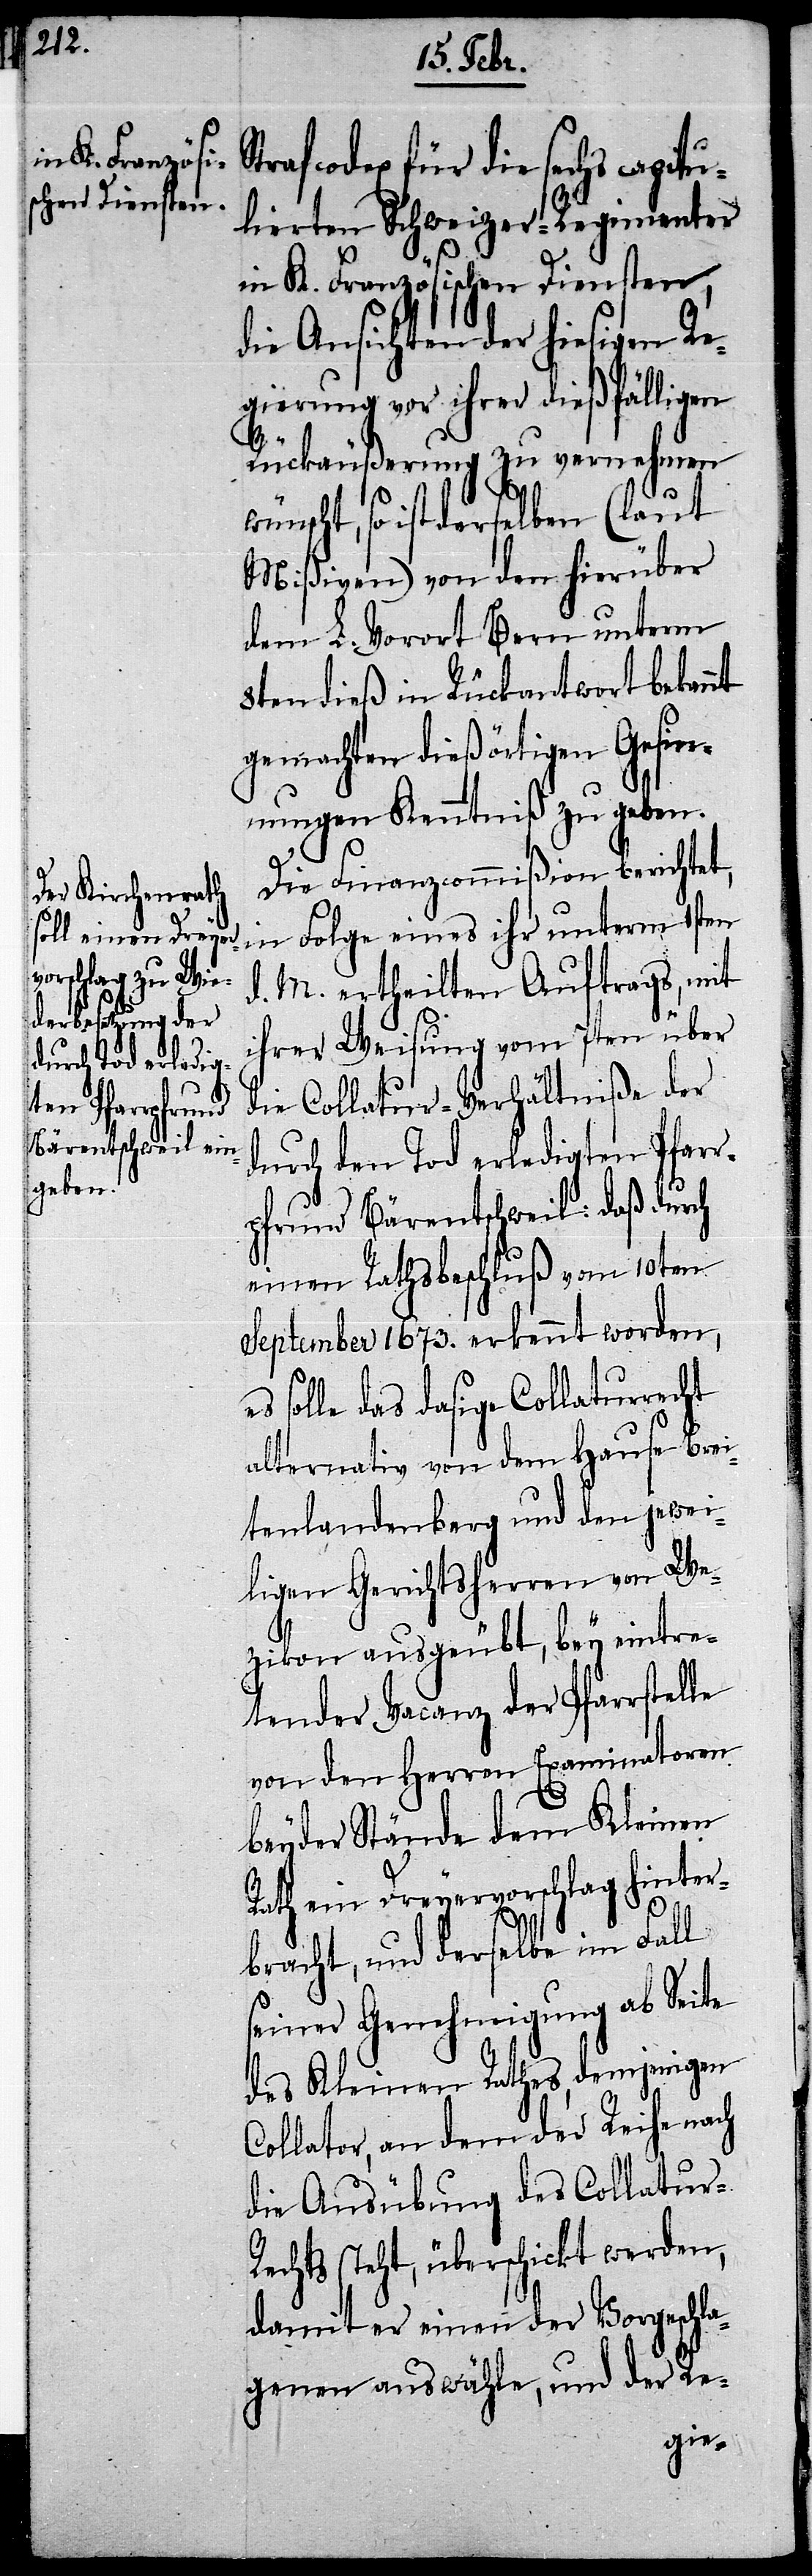
Strafcodex für die sechs capitu¬
lierten Schweizer-Regimenter
in K. Französischen Diensten,
die Ansichten der hiesigen Re¬
gierung vor ihrer dießfälligen
Rückäußerung zu vernehmen
wünscht, so ist derselben (laut
Mißiven) von den hierüber
dem L. Vorort Bern unterm
8ten dieß in Rückantwort bekannt
gemachten dießörtigen Gesin¬
nungen Kenntniß zu geben.
Die Finanzcommißion berichtet,
in Folge eines ihr unterm 1sten
d. M. ertheilten Auftrags, mit
ihrer Weisung vom 7ten über
die Collatur-Verhältniße der
durch den Tod erledigten Pfarr¬
pfrund Bärentschweil: daß durch
einen Rathsbeschluß vom 10ten
September 1673. erkennt worden,
solle das dasige Collaturrecht
alternativ von dem Hause Brei¬
tenlandenberg und den jewei¬
ligen Gerichtsherren von We¬
zikon ausgeübt, bey eintre¬
tender Vacanz der Pfarrstelle
von den Herren Examinatoren
beyder Stände dem Kleinen
Rath ein Dreyervorschlag hinter¬
bracht, und derselbe im Fall
seiner Genehmigung ab Seite
des Kleinen Rathes, demjenigen
Collator, an dem der Reihe nach
die Ausübung des Collatur-R¬
echts steht, überschickt werden,
damit er einen der Vorgeschla¬
genen auswähle, und der Re-